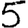
Digit: 5